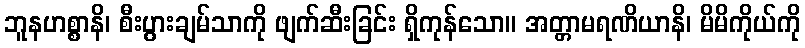
ဘူနဟစ္စာနိ၊ စီးပွားချမ်သာကို ဖျက်ဆီးခြင်း ရှိကုန်သော။ အတ္တာမရဏိယာနိ၊ မိမိကိုယ်ကို